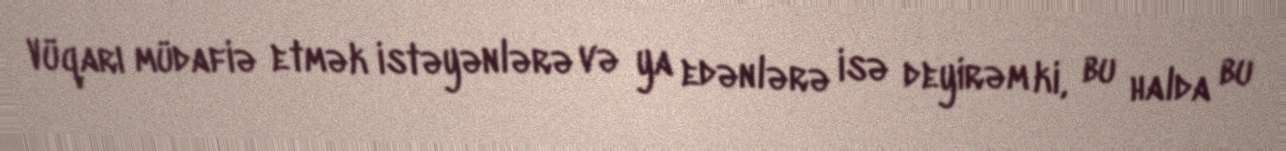
Vüqarı müdafiə etmək istəyənlərə və ya edənlərə isə deyirəm ki, bu halda bu